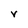
Character: V